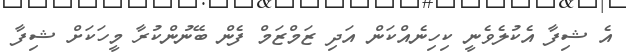
އެ ޝިފާ އެކުލެވެނީ ކިހިނެއްކަން އަދި ޒަމްޒަމް ފެން ބޭނުންކުރާ މީހަކަށް ޝިފާ